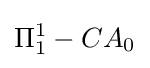
\Pi _{1}^{1}-CA_{0}